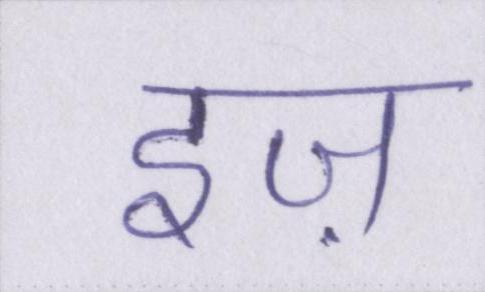
इज़